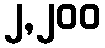
၂,၂၀၀